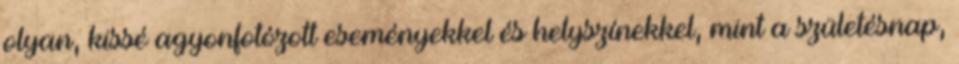
olyan, kissé agyonfotózott eseményekkel és helyszínekkel, mint a születésnap,